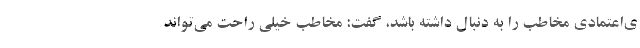
ی‌اعتمادی مخاطب را به دنبال داشته باشد، گفت: مخاطب خیلی راحت می‌تواند